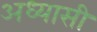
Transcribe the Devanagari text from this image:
अध्यासी